Enquiry on enteric fever in India - Number 32
Disease focus: Fever
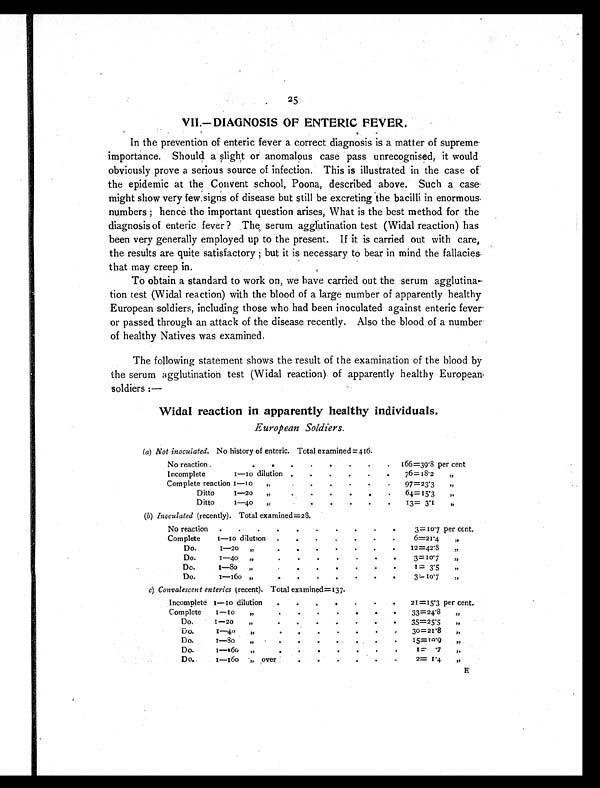
25.
VII.—DIAGNOSIS OF ENTERIC FEVER.
In the prevention of enteric fever a correct diagnosis is a matter of supreme
importance. Should a slight or anomalous case pass unrecognised, it would
obviously prove a serious source of infection. This is illustrated in the case of
the epidemic at the Convent school, Poona, described above. Such a case
might show very few signs of disease but still be excreting the bacilli in enormous
numbers ; hence the important question arises, What is the best method for the
diagnosis of enteric fever? The serum agglutination test (Widal reaction) has
been very generally employed up to the present. If it is carried out with care,
the results are quite satisfactory ; but it is necessary to bear in mind the fallacies
that may creep in.
To obtain a standard to work on, we have carried out the serum agglutina-
tion test (Widal reaction) with the blood of a large number of apparently healthy
European soldiers, including those who had been inoculated against enteric fever
or passed through an attack of the disease recently. Also the blood of a number
of healthy Natives was examined.
The following statement shows the result of the examination of the blood by
the serum agglutination test (Widal reaction) of apparently healthy European
soldiers :—
Widal reaction in apparently healthy individuals.
European Soldiers.
(a) Not inoculated. No history of enteric. Total examined= 416.
No reaction
. . . . . . . . 166=39.8 per cent
Incomplete 1—10 dilution . . . . .
. 76=18.2 „
Complete reaction 1—10 „
. . . .
. . 97=23.3 „
Ditto 1—20 „
.
. . .
. . 64=15.3 „
Ditto 1—40 „
. . . . . . 13=3.1
„
(b) Inoculated (recently). Total examined=28.
No reaction .
. . . . . . . . .
3=10.7 per cent.
Complete 1—10 dilution . . . . . . .
6=21.4 „
Do. 1—20 „
. . . . . . . 12=42.8 „
Do. 1—40 „ .
. .
. .
. .
3=10.7 „
Do. 1—80 „
. . . . . . .
1=3.5
„
Do. 1—160 „
. .
. . . . .
3=10.7 „
c) Convalescent enterics (recent). Total examined=137.
Incomplete 1—10 dilution . .
. .
. . . 21=15.3 per cent.
Complete 1—10 „
.
. . . . . . 33=24.8 „
Do. 1—20 „ .
. .
. . . . 35=25.5
„
Do. 1—40 „ .
.
. . . . . 30=21.8
„
Do. 1—80 „
.
. .
.
. . . 15 =1.9
„
Do. 1—160 „
. . .
. . . .
1 = . 7 „
Do. 1—160 „
over
. .
.
. . .
2= 1.4
„